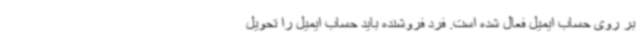
بر روی حساب ایمیل فعال شده است. فرد فروشنده باید حساب ایمیل را تحویل